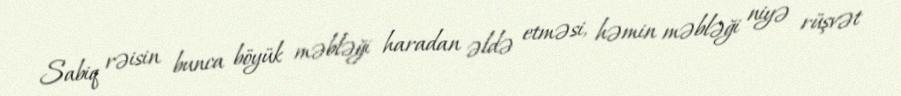
Sabiq rəisin bunca böyük məbləği haradan əldə etməsi, həmin məbləği niyə rüşvət